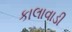
કાલાવાડી